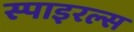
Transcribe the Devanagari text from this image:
स्पाइरल्स